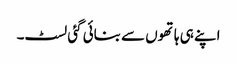
اپنے ہی ہاتھوں سے بنائی گئی لسٹ۔